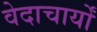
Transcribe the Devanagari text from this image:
वेदाचार्यों